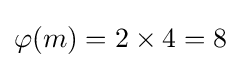
\varphi (m)=2\times 4=8